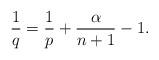
LaTeX: \begin{align*}\frac{1}{q} = \frac{1}{p} + \frac{\alpha}{n+1} -1.\end{align*}